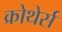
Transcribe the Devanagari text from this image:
क्रोथेर्स